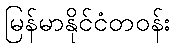
မြန်မာနိုင်ငံတဝန်း